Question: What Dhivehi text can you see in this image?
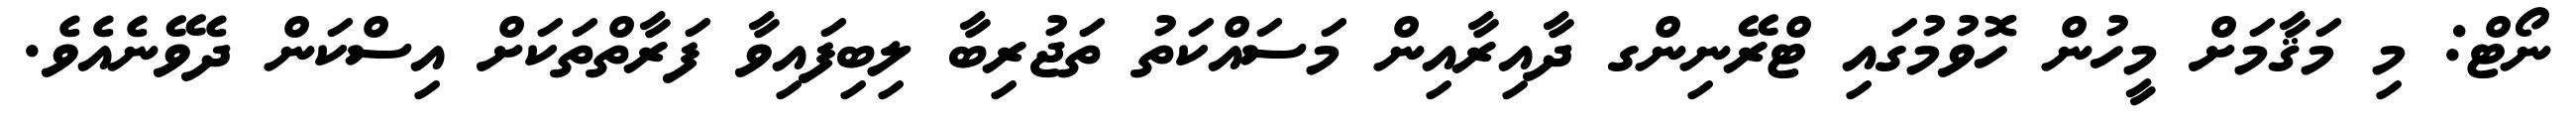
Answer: ނޯޓް: މި މަޤާމަށް މީހުން ހޮވުމުގައި ޓްރޭނިންގ ދާއިރާއިން މަސައްކަތު ތަޖުރިބާ ލިބިފައިވާ ފަރާތްތަކަށް އިސްކަން ދެވޭނެއެވެ.